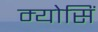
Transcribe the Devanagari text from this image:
म्योसिं